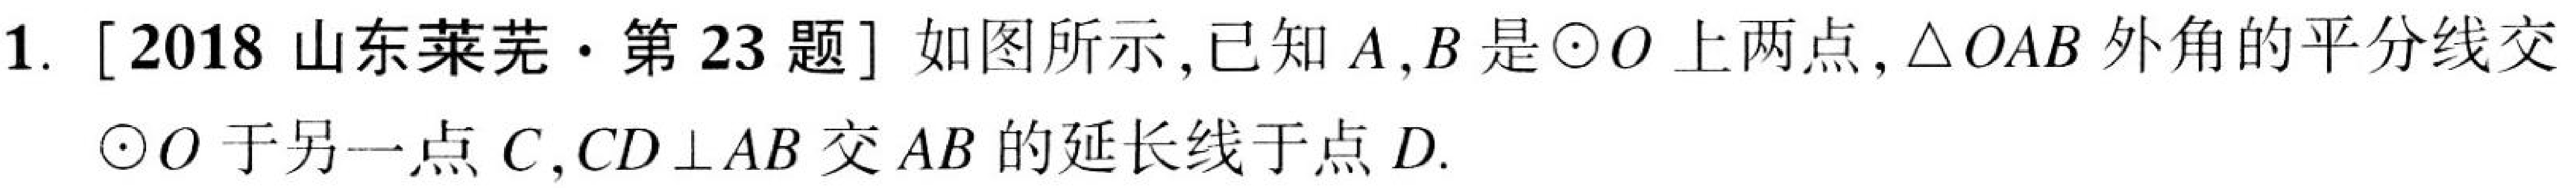
1. [2018 山东莱芜·第 23 题] 如图所示,已知\(A,B\)是\(\odot O\)上两点,\(\triangle OAB\)外角的平分线交
\(\odot O\)于另一点\(C\),\(CD\perp AB\)交\(AB\)的延长线于点\(D\).